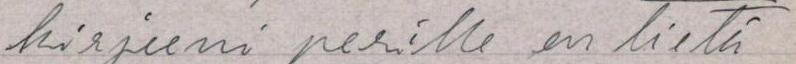
kirjeeni perille en tietä